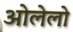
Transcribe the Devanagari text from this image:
ओलेलो